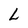
Character: L